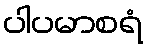
ပါပမာစရံ